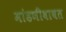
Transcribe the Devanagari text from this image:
मांडणीबाबत